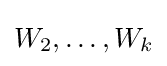
{\textstyle W_{2},\dots ,W_{k}}